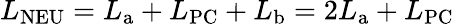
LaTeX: L_{\mathrm{NEU}}=L_{\mathrm{a}}+L_{\mathrm{PC}}+L_{\mathrm{b}}=2L_{\mathrm{a}}+L_{\mathrm{PC}}